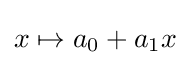
x\mapsto a_{0}+a_{1}x